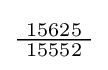
{\tfrac {\ 15625\ }{15552}}